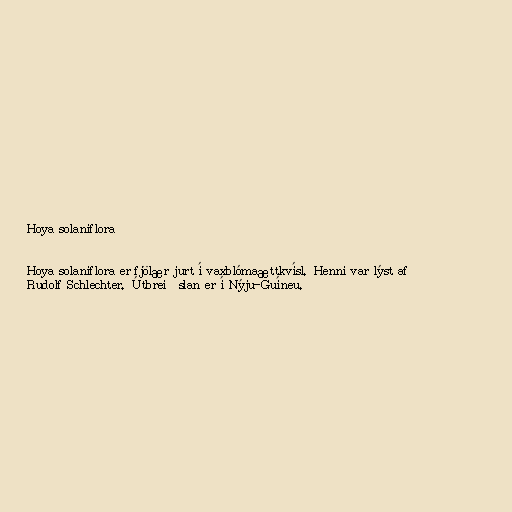
Hoya solaniflora

Hoya solaniflora er fjölær jurt í vaxblómaættkvísl. Henni var lýst af
Rudolf Schlechter. Útbreiðslan er í Nýju-Guíneu.